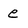
Character: e